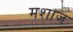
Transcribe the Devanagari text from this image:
मशाज